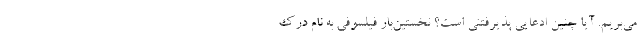
می‌بریم. آیا چنین ادعایی پذیرفتنی است؟ نخستین‌بار فیلسوفی به نام دِرِک